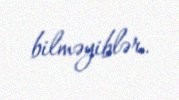
bilməyiblər.